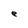
Character: e